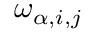
\omega _ { \alpha , i , j }